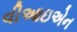
વીઆઇએન